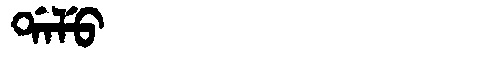
Manchu: ᡩᠠᠯᡠ
Romanization: DALU